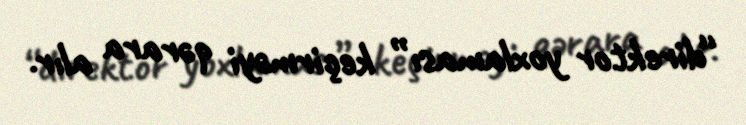
“direktor yoxlaması” keçirməyi qərara alır.